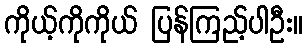
ကိုယ့်ကိုကိုယ် ပြန်ကြည့်ပါဦး။